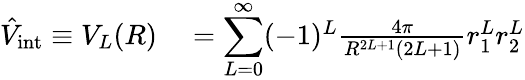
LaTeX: \begin{array}{rl}{\hat{V}_{\mathrm{int}}\equiv V_{L}(R)}&{{}={\displaystyle\sum_{L=0}^{\infty}}(-1)^{L}\frac{4\pi}{R^{2L+1}(2L+1)}r_{1}^{L}r_{2}^{L}}\end{array}